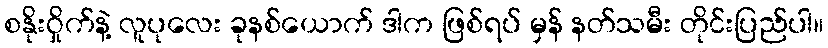
စနိုးဝှိုက်နဲ့ လူပုလေး ခုနစ်ယောက် ဒါက ဖြစ်ရပ် မှန် နတ်သမီး တိုင်းပြည်ပါ။